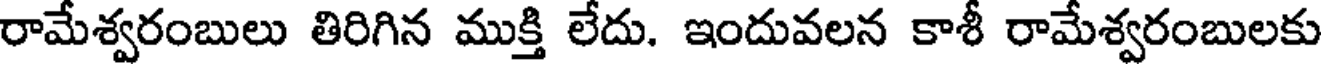
రామేశ్వరంబులు తిరిగిన ముక్తి లేదు. ఇందువలన కాశీ రామేశ్వరంబులకు